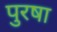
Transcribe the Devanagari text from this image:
पुरषा